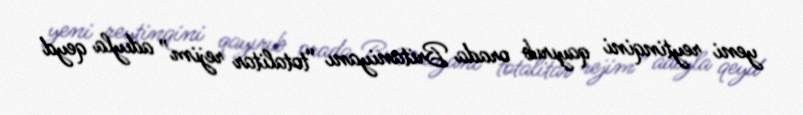
yeni reytinqini qayırıb orada Britaniyanı “totalitar rejim” adıyla qeyd